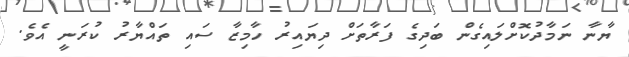
ޔާނާ ނަމާދުކޮށްލައިގެން ބަދިގެ ފަރާތަށް ދިޔައިރު ހާމިޒާ ސައި ތައްޔާރު ކުރަނީ އެވެ.